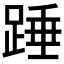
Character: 𮛸